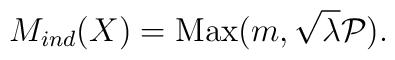
M_{ind} (X) = \mbox{Max} (m, \sqrt{\lambda} {\cal P}) .